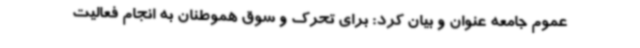
عموم جامعه عنوان و بیان کرد: برای تحرک و سوق هموطنان به انجام فعالیت